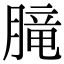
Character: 𪱨